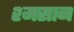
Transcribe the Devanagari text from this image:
श्मसान